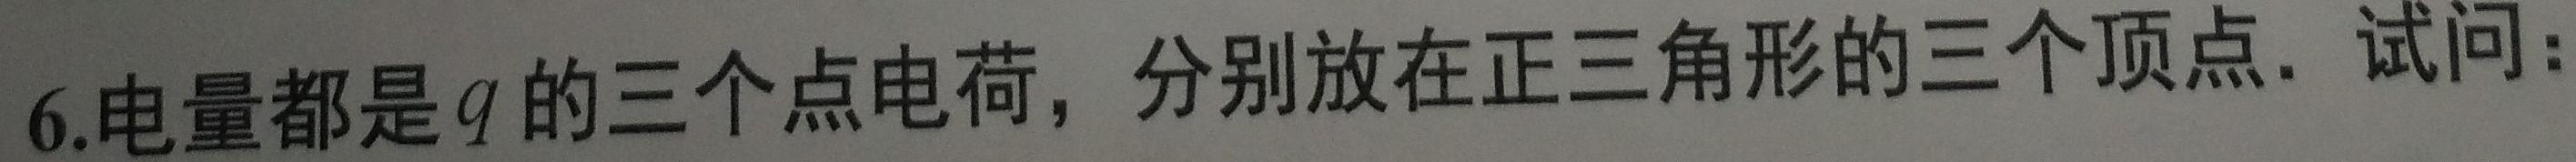
6.电量都是$q$的三个点电荷，分别放在正三角形的三个顶点. 试问：